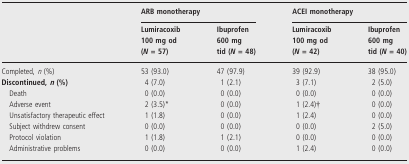
|  | <COLSPAN=2> ARB monotherapy | <COLSPAN=2> ACEI monotherapy |
 |  | Lumiracoxib 100 mg od (N = 57) | Ibuprofen 600 mg tid (N = 48) | Lumiracoxib 100 mg od (N = 42) | Ibuprofen 600 mg tid (N = 40) |
 | --- | --- | --- | --- | --- |
 | Completed, n (%) | 53 (93.0) | 47 (97.9) | 39 (92.9) | 38 (95.0) |
 | Discontinued, n (%) | 4 (7.0) | 1 (2.1) | 3 (7.1) | 2 (5.0) |
 | Death | 0 (0.0) | 0 (0.0) | 0 (0.0) | 0 (0.0) |
 | Adverse event | 2 (3.5)* | 0 (0.0) | 1 (2.4)† | 0 (0.0) |
 | Unsatisfactory therapeutic effect | 1 (1.8) | 0 (0.0) | 1 (2.4) | 0 (0.0) |
 | Subject withdrew consent | 0 (0.0) | 0 (0.0) | 0 (0.0) | 2 (5.0) |
 | Protocol violation | 1 (1.8) | 1 (2.1) | 0 (0.0) | 0 (0.0) |
 | Administrative problems | 0 (0.0) | 0 (0.0) | 1 (2.4) | 0 (0.0) |